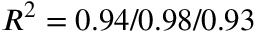
R ^ { 2 } = 0 . 9 4 / 0 . 9 8 / 0 . 9 3